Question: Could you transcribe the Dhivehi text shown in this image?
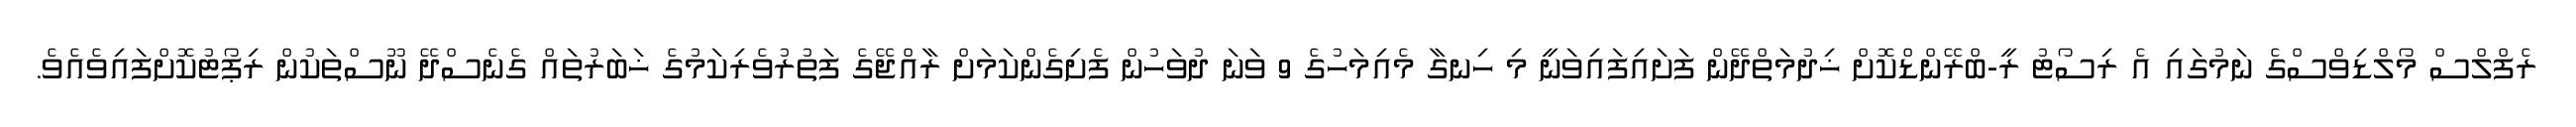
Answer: ރެފްލްސް މޯލްޑިވްސްގެ ނަމުގައި އެ ރިސޯޓު ރީ-ބްރޭންޑްކޮށް ޚިދުމަތްދޭން ފަށައިފައިވަނީ މި ހިނގާ މެއިމަހުގެ 9 ވަނަ ދުވަހުން ފެށިގެންކަމަށް ރާއްޖޭގެ ފަތުރުވެރިކަމުގެ ޚަބަރުތައް ގެނެސްދޭ ނޫސްތަކުން ރިޕޯޓުކޮށްފައިވެއެވެ.